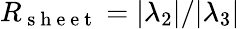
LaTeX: R_{\mathrm{~s~h~e~e~t~}}=\vert\lambda_{2}\vert/\vert\lambda_{3}\vert